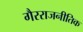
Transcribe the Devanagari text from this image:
गैरराजनीतिक